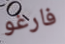
فارغو